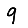
Digit: 9